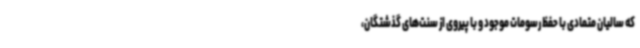
که سالیان متمادی با حفظ رسومات موجود و با پیروی از سنت‌های گذشتگان،